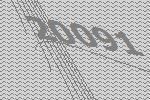
20091